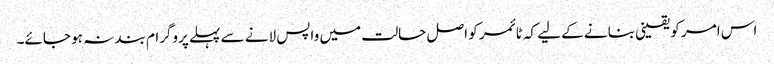
اس امر کو یقینی بنانے کے لیے کہ ٹائمر کو اصل حالت میں واپس لانے سے پہلے پروگرام بند نہ ہو جائے۔